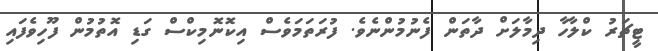
ޓީޗަރު ކްލާހާ ދިމާލަށް ދާތަން ފެނުމުންނެވެ. ފުރަތަމަވެސް އިކޮނޮމިކްސް ގަޑި އޮތުމުން ފޫހިވެފައި